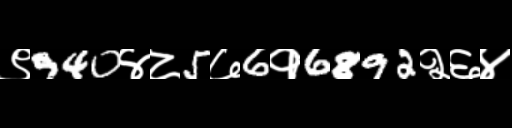
Text: ९940४८5७6१6892२६४